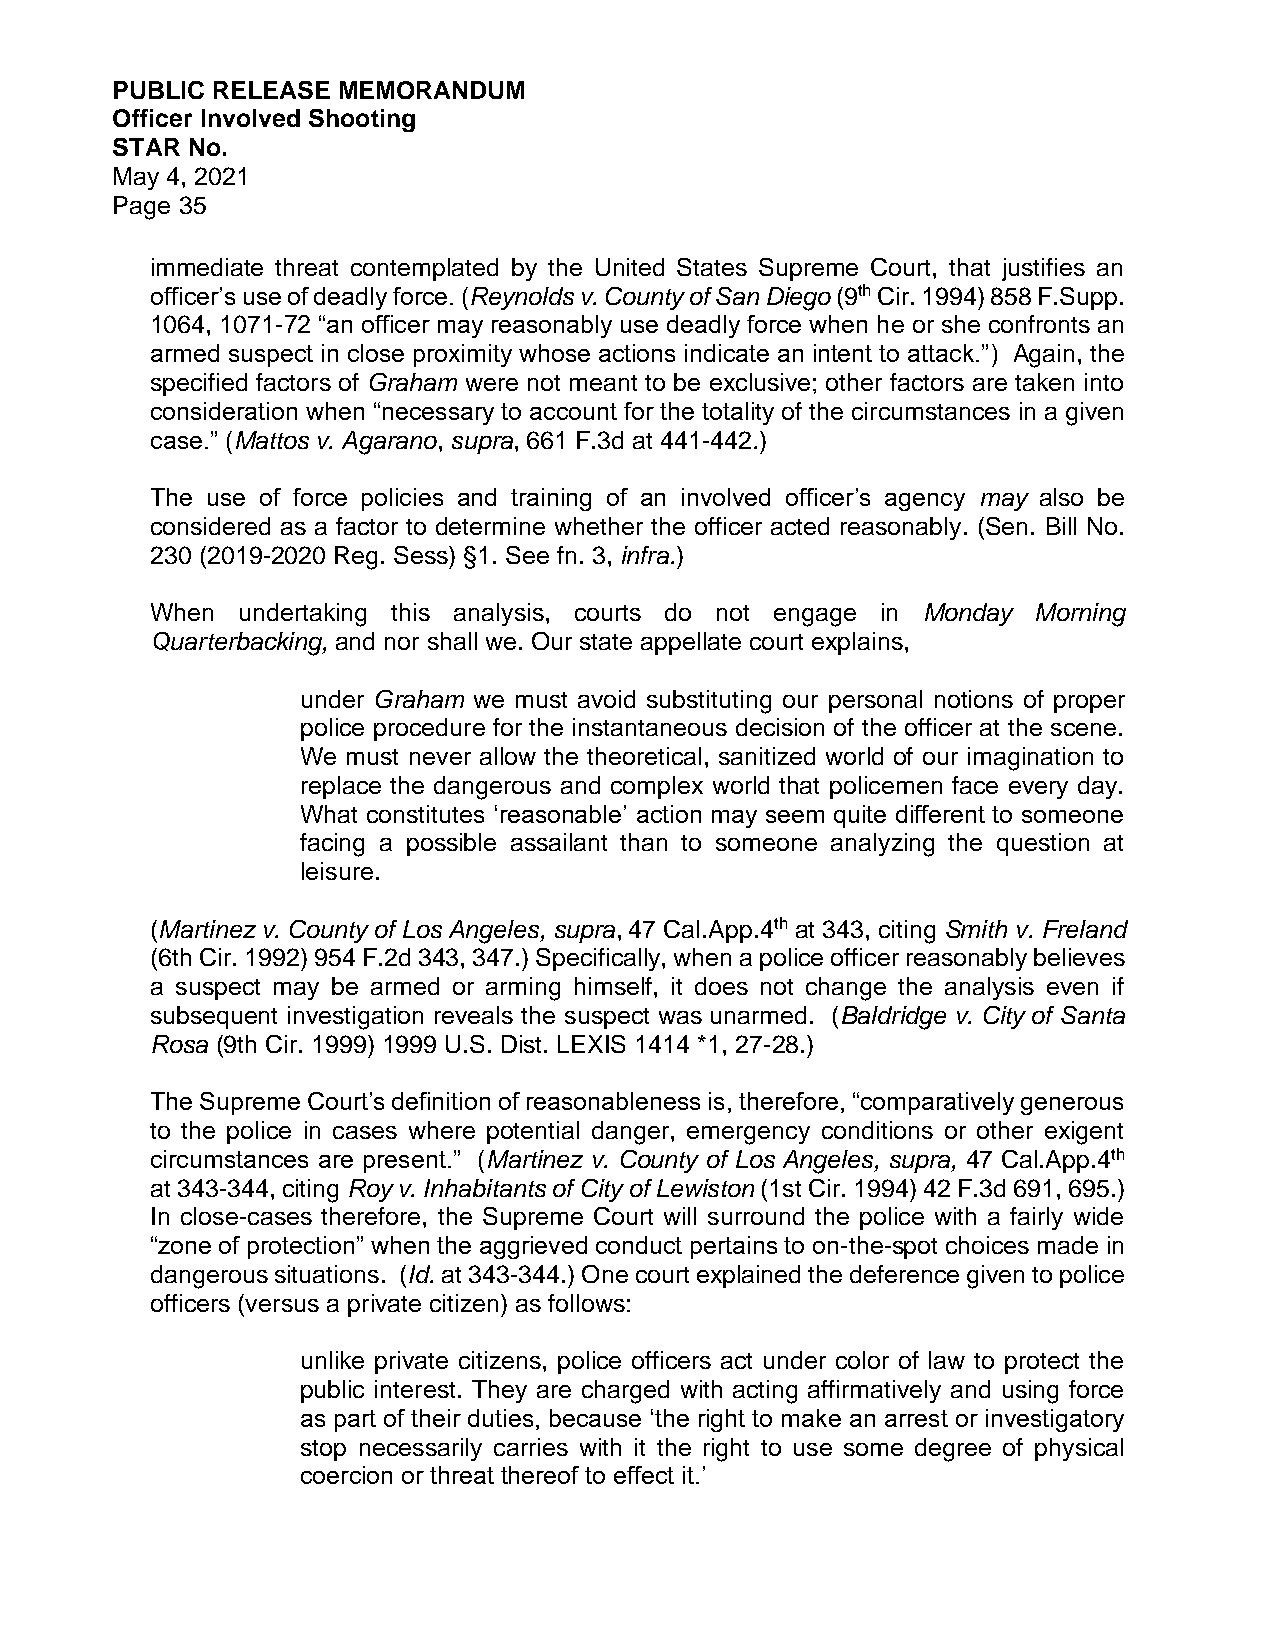
PUBLIC RELEASE MEMORANDUM
 Officer Involved Shooting
 STAR No.
 May 4, 2021
 Page 35
 immediate threat contemplated by the United States Supreme Court, that justifies an
 officer’s use of deadly force. (Reynolds v. County of San Diego (9th Cir. 1994) 858 F.Supp.
 1064, 1071-72 “an officer may reasonably use deadly force when he or she confronts an
 armed suspect in close proximity whose actions indicate an intent to attack.”) Again, the
 specified factors of Graham were not meant to be exclusive; other factors are taken into
 consideration when “necessary to account for the totality of the circumstances in a given
 case.” (Mattos v. Agarano, supra, 661 F.3d at 441-442.)
 The use of force policies and training of an involved officer’s agency may also be
 considered as a factor to determine whether the officer acted reasonably. (Sen. Bill No.
 230 (2019-2020 Reg. Sess) §1. See fn. 3, infra.)
 When  undertaking this analysis, courts do not engage in Monday Morning
 Quarterbacking, and nor shall we. Our state appellate court explains,
 under Graham we must avoid substituting our personal notions of proper
 police procedure for the instantaneous decision of the officer at the scene.
 We must never allow the theoretical, sanitized world of our imagination to
 replace the dangerous and complex world that policemen face every day.
 What constitutes ‘reasonable’ action may seem quite different to someone
 facing a possible assailant than to someone analyzing the question at
 leisure.
 (Martinez v. County of Los Angeles, supra, 47 Cal.App.4th at 343, citing Smith v. Freland
 (6th Cir. 1992) 954 F.2d 343, 347.) Specifically, when a police officer reasonably believes
 a suspect may be armed or arming himself, it does not change the analysis even if
 subsequent investigation reveals the suspect was unarmed. (Baldridge v. City of Santa
 Rosa (9th Cir. 1999) 1999 U.S. Dist. LEXIS 1414 *1, 27-28.)
 The Supreme Court’s definition of reasonableness is, therefore, “comparatively generous
 to the police in cases where potential danger, emergency conditions or other exigent
 circumstances are present.” (Martinez v. County of Los Angeles, supra, 47 Cal.App.4th
 at 343-344, citing Roy v. Inhabitants of City of Lewiston (1st Cir. 1994) 42 F.3d 691, 695.)
 In close-cases therefore, the Supreme Court will surround the police with a fairly wide
 “zone of protection” when the aggrieved conduct pertains to on-the-spot choices made in
 dangerous situations. (Id. at 343-344.) One court explained the deference given to police
 officers (versus a private citizen) as follows:
 unlike private citizens, police officers act under color of law to protect the
 public interest. They are charged with acting affirmatively and using force
 as part of their duties, because ‘the right to make an arrest or investigatory
 stop necessarily carries with it the right to use some degree of physical
 coercion or threat thereof to effect it.’